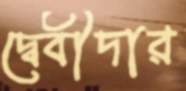
দ্বেবীদার